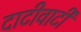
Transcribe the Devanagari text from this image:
दाटीवाटी